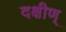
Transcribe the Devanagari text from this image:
दक्षीण्